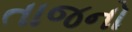
તાજનો